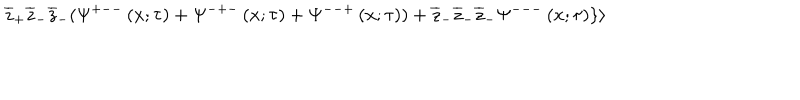
LaTeX: \overline { { { z } } } _ { + } \overline { { { z } } } _ { - } \overline { { { z } } } _ { - } ( \Psi ^ { + -- } \left( x ; \tau \right) + \Psi ^ { - + - } \left( x ; \tau \right) + \Psi ^ { -- + } \left( x ; \tau \right) ) + \overline { { { z } } } _ { - } \overline { { { z } } } _ { - } \overline { { { z } } } _ { - } \Psi ^ { --- } \left( x ; \tau \right) \} \rangle